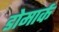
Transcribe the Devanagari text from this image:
डोमार्क